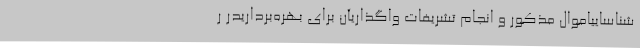
شناساییاموال مذکور و انجام تشریفات واگذاریآن برای بهره‌برداریدر ر